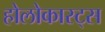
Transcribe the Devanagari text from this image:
होलोकास्ट्स